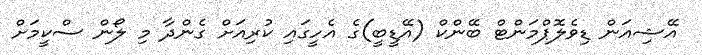
އޭޝިއަން ޑިވެލޮޕްމަންޓް ބޭންކް (އޭޑީބީ)ގެ އެހީގައި ކުރިއަށް ގެންދާ މި ލޯން ސްކީމަށް